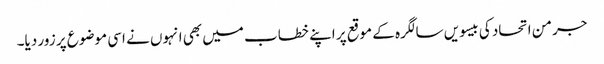
جرمن اتحاد کی بیسویں سالگرہ کے موقع پر اپنے خطاب میں بھی انہوں نے اسی موضوع پر زور دیا۔